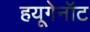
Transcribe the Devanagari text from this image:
हयूगेनॉट